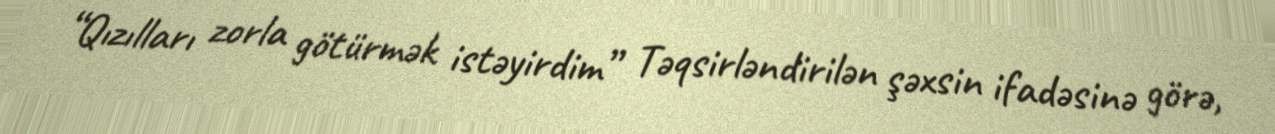
“Qızılları zorla götürmək istəyirdim” Təqsirləndirilən şəxsin ifadəsinə görə,